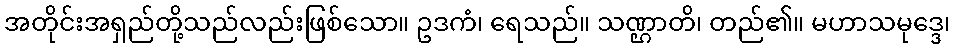
အတိုင်းအရှည်တို့သည်လည်းဖြစ်သော။ ဥဒကံ၊ ရေသည်။ သဏ္ဌာတိ၊ တည်၏။ မဟာသမုဒ္ဒေ၊